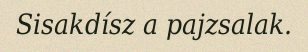
Sisakdísz a pajzsalak.